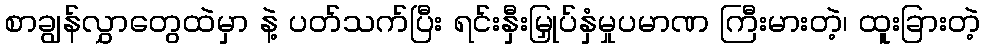
စာချွန်လွှာတွေထဲမှာ နဲ့ ပတ်သက်ပြီး ရင်းနှီးမြှုပ်နှံမှုပမာဏ ကြီးမားတဲ့၊ ထူးခြားတဲ့